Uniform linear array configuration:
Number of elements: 32
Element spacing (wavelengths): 0.5
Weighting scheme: kaiser
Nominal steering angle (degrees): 30
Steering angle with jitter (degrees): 31.282
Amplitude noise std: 0.05
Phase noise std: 0.05

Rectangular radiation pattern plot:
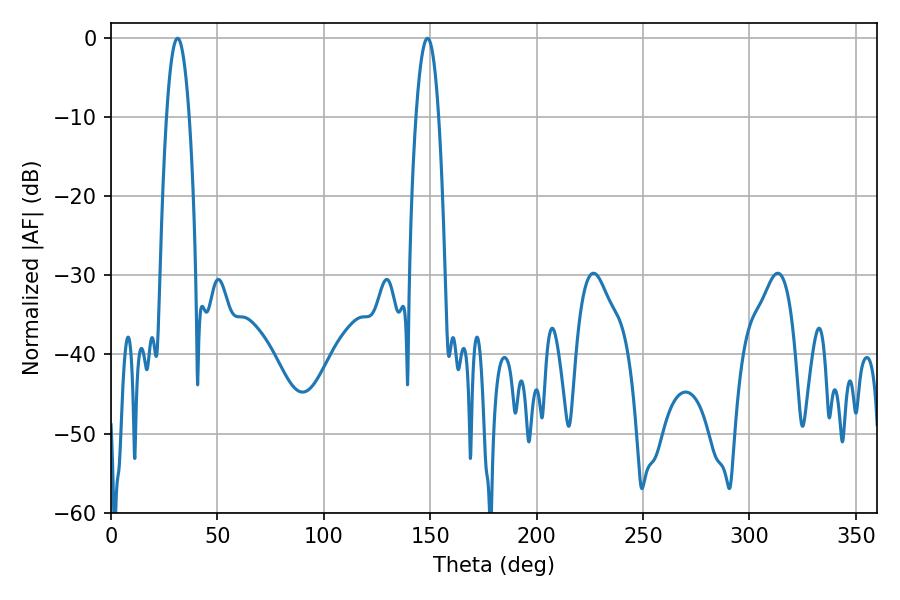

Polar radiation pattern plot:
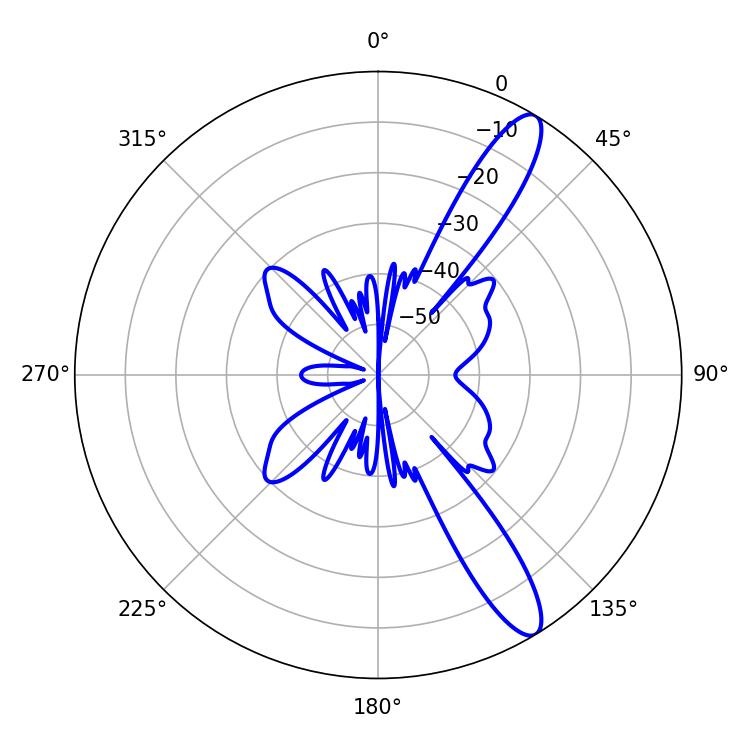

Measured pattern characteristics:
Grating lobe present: FALSE
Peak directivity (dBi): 12.399
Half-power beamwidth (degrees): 5.76
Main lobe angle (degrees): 148.68